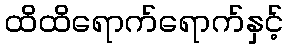
ထိထိရောက်ရောက်နှင့်